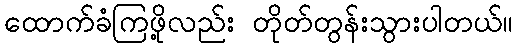
ထောက်ခံကြဖို့လည်း တိုတ်တွန်းသွားပါတယ်။